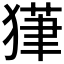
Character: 𱮔